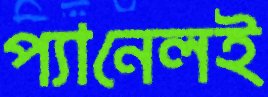
প্যানেলই